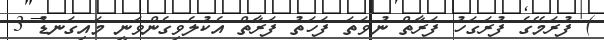
) ފުރަމޭގެ ފުރަގަހު ފަރާތް ނުވަތަ ފަހަތު ފަރާތް އެކުލެވިގެންވަނީ މައިގަނޑު 3